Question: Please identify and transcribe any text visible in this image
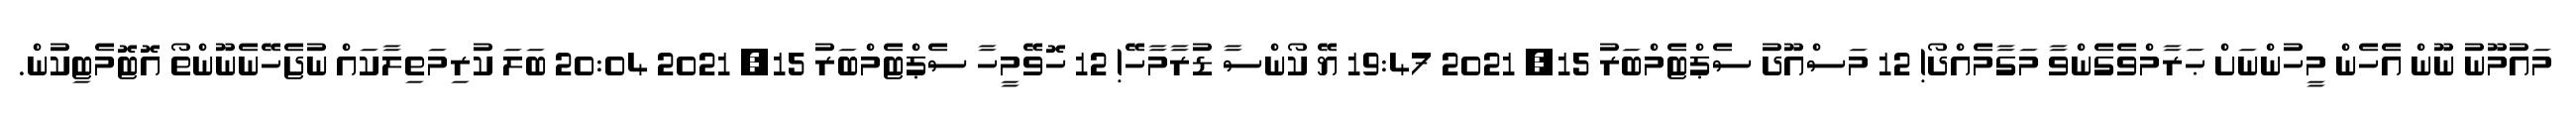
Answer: މައުމޫނު ނޫން އެހެން މީހުންނަށް ޙަރާމްވެގެންވާ މަގާމެއްދޯ! 12 މަސްއޫދު ސެޕްޓެމްބަރު 15, 2021 19:47 ޔޭ ކޯންސާ ޑުރާމާހޭ! 12 ހޮވޭމީހާ ސެޕްޓެމްބަރު 15, 2021 20:04 ބަލަ ކުރިމަތިލާކައް ނުޖެހޭނެނޫންތޯ އޮޓޮމެޓިކުން.